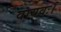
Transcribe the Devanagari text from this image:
वायवः।